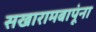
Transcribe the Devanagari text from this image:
सखारामबापूंना